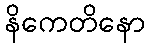
နိကေတိနော